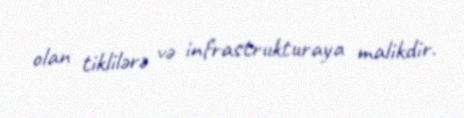
olan tiklilərə və infrastrukturaya malikdir.